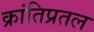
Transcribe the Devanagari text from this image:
क्रांतिप्रतल